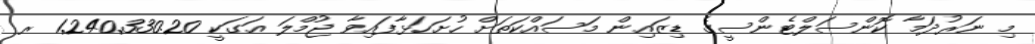
މި ނަރުދަމާ ކޮންސަލްޓެންސީގެ ޑިޒައިން މަސައްކަތަށް ހުށަހަޅާފައިވާ ޖުމްލަ އަގަކީ 1